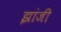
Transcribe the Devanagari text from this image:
झांजी